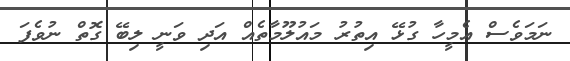
ނަމަވެސް އެމީހާ ގުޅޭ އިތުރު މައުލޫމާތެއް އަދި ވަނީ ލިބޭ ގޮތް ނުވެފަ